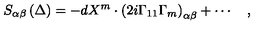
S _ { \alpha \beta } \left( \Delta \right) = - d X ^ { m } \cdot \left( 2 i \Gamma _ { 1 1 } \Gamma _ { m } \right) _ { \alpha \beta } + \cdots \quad ,